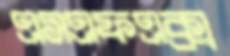
এসএফএক্স